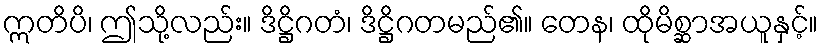
ဣတိပိ၊ ဤသို့လည်း။ ဒိဋ္ဌိဂတံ၊ ဒိဋ္ဌိဂတမည်၏။ တေန၊ ထိုမိစ္ဆာအယူနှင့်။